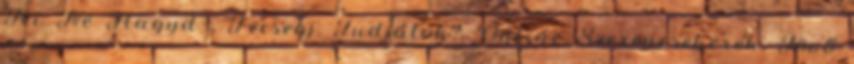
Ki Ne Hagyd , Fecsegj, Tudjátok?, Online Szerencsekerék, Jövő